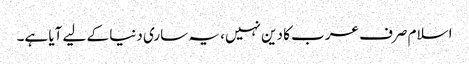
اسلام صرف عرب کا دین نہیں، یہ ساری دنیا کے لیے آیا ہے۔